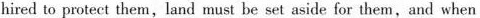
hired to protect them,land must be set aside for them,and when